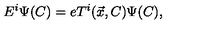
E ^ { i } \Psi ( C ) = e T ^ { i } ( \vec { x } , C ) \Psi ( C ) ,